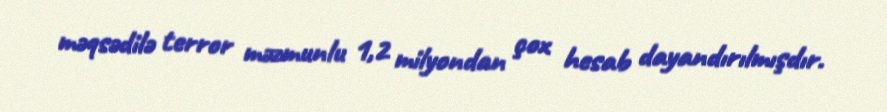
məqsədilə terror məzmunlu 1,2 milyondan çox hesab dayandırılmışdır.